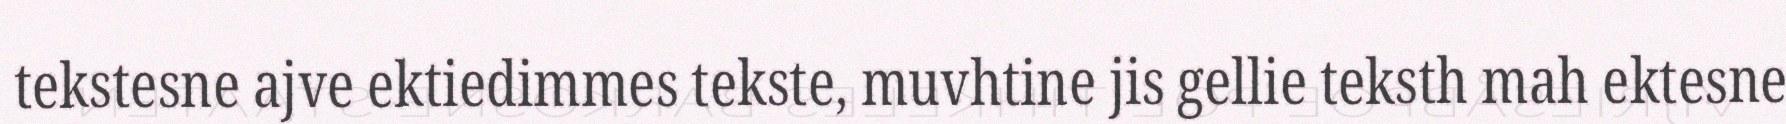
tekstesne ajve ektiedimmes tekste, muvhtine jis gellie teksth mah ektesne